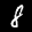
Label: 8